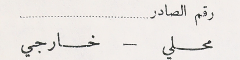
رقم الصادر
محلي – خارجي